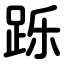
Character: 跞